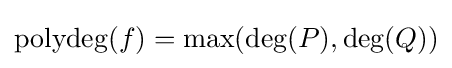
\operatorname {polydeg} (f)=\max(\deg(P),\deg(Q))